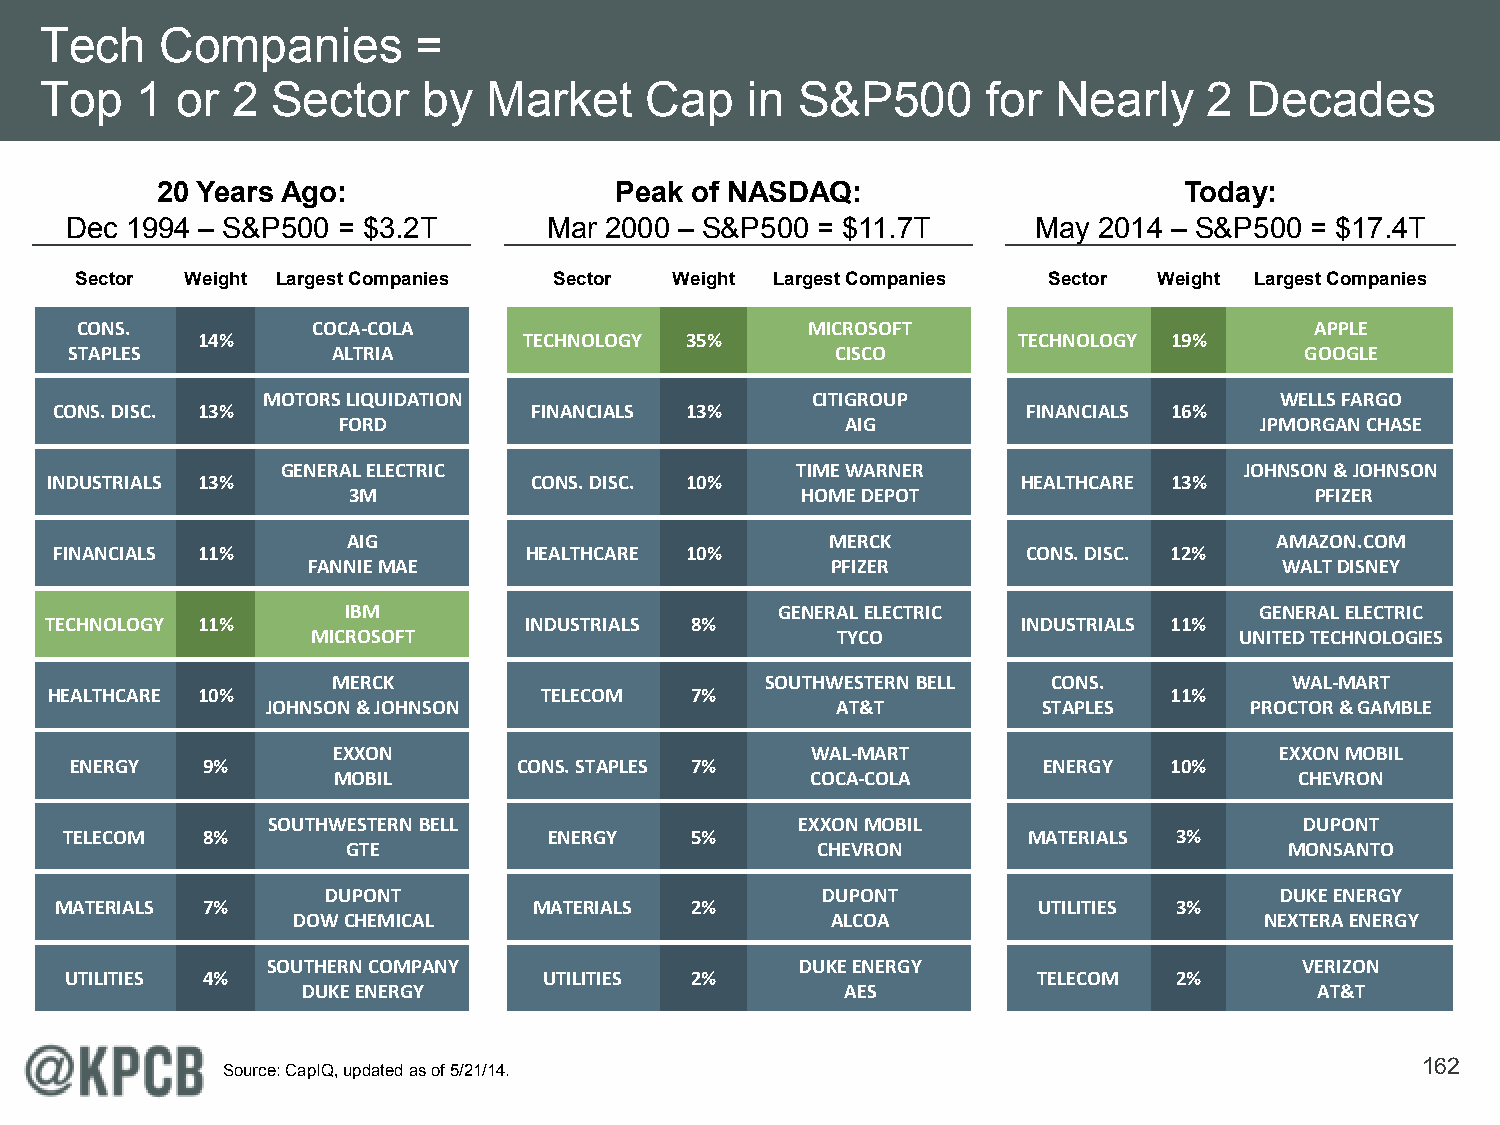
Tech    Companies       =
 Top   1  or 2  Sector    by  Market     Cap   in  S&P500      for  Nearly    2  Decades
 20 Years Ago:                  Peak of NASDAQ:                      Today:
 Dec 1994 – S&P500 = $3.2T       Mar 2000 – S&P500 = $11.7T       May 2014 – S&P500 = $17.4T
 Sector Weight Largest Companies Sector  Weight Largest Companies Sector Weight Largest Companies
 CONS.           COCA-COLA                        MICROSOFT                        APPLE
 14%                   TECHNOLOGY 35%                  TECHNOLOGY 19%
 STAPLES          ALTRIA                           CISCO                          GOOGLE
 MOTORS LIQUIDATION                   CITIGROUP                      WELLS FARGO
 CONS. DISC. 13%                 FINANCIALS 13%                   FINANCIALS 16%
 FORD                              AIG                        JPMORGAN CHASE
 GENERAL ELECTRIC                  TIME WARNER                  JOHNSON & JOHNSON
 INDUSTRIALS 13%                 CONS. DISC. 10%                  HEALTHCARE 13%
 3M                            HOME DEPOT                        PFIZER
 AIG                             MERCK                        AMAZON.COM
 FINANCIALS 11%                 HEALTHCARE 10%                   CONS. DISC. 12%
 FANNIE MAE                         PFIZER                        WALT DISNEY
 IBM                          GENERAL ELECTRIC               GENERAL ELECTRIC
 TECHNOLOGY 11%                  INDUSTRIALS 8%                   INDUSTRIALS 11%
 MICROSOFT                         TYCO                       UNITED TECHNOLOGIES
 MERCK                        SOUTHWESTERN BELL  CONS.           WAL-MART
 HEALTHCARE 10%                   TELECOM   7%                             11%
 JOHNSON & JOHNSON                    AT&T          STAPLES       PROCTOR & GAMBLE
 EXXON                           WAL-MART                       EXXON MOBIL
 ENERGY  9%                   CONS. STAPLES 7%                   ENERGY  10%
 MOBIL                           COCA-COLA                       CHEVRON
 SOUTHWESTERN BELL                  EXXON MOBIL                      DUPONT
 TELECOM  8%                     ENERGY    5%                    MATERIALS 3%
 GTE                            CHEVRON                        MONSANTO
 DUPONT                          DUPONT                         DUKE ENERGY
 MATERIALS 7%                   MATERIALS  2%                     UTILITIES 3%
 DOW CHEMICAL                        ALCOA                        NEXTERA ENERGY
 SOUTHERN COMPANY                   DUKE ENERGY                      VERIZON
 UTILITIES 4%                    UTILITIES 2%                     TELECOM  2%
 DUKE ENERGY                         AES                            AT&T
 162
 Source: CapIQ, updated as of 5/21/14.